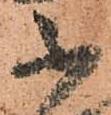
不